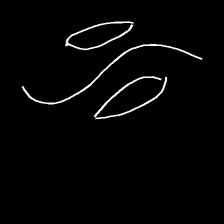
Glyph: water